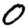
Digit: 0